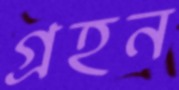
গ্রহন